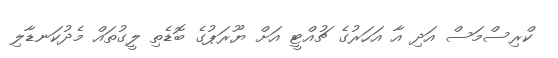
ކްރިސްމަސް އަދި އާ އަހަރުގެ ޗުއްޓީ އަށް ޔޫރަޕުގެ ބޮޑެތި ލީގުތައް މެދުކަނޑާލި